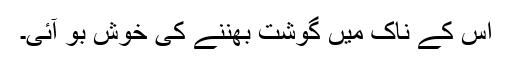
اس کے ناک میں گوشت بھننے کی خوش بو آئی۔